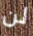
لن